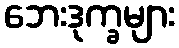
ဘေးဒုက္ခများ